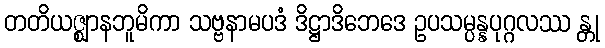
တတိယဇ္ဈာနဘူမိကာ သဗ္ဗနာမပဒံ ဒိဋ္ဌာဒိဘေဒေ ဥပသမ္ပန္နပုဂ္ဂလဿ န္တု